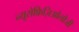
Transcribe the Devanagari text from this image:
न्यूरोफ़िज़िओलौजी